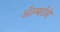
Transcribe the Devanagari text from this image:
ॲल्बर्टने